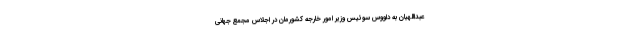
عبداللهیان به داووس سوئیس وزیر امور خارجه کشورمان در اجلاس مجمع جهانی